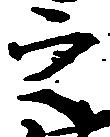
之